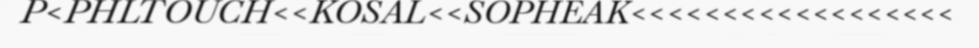
P<PHLTOUCH<<KOSAL<<SOPHEAK<<<<<<<<<<<<<<<<<<